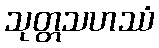
သုတ္တသဟဿံ